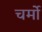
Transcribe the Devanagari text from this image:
चर्मो